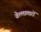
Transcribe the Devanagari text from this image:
वेल्लालारों